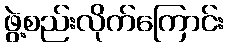
ဖွဲ့စည်းလိုက်ကြောင်း